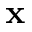
\textbf { x }